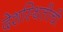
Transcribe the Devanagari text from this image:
देशस्थितीची